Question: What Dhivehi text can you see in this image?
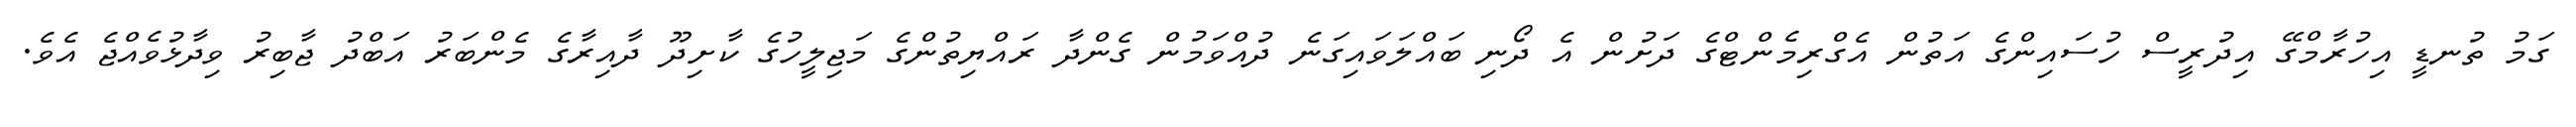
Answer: ގަމު ތުނޑީ އިހުރާމްގޭ އިދުރީސް ހުސައިންގެ އަތުން އެގްރިމެންޓްގެ ދަށުން އެ ދޯނި ބައްލަވައިގަނެ ދުއްވަމުން ގެންދާ ރައްޔިތުންގެ މަޖިލީހުގެ ކާށިދޫ ދާއިރާގެ މެންބަރު އަބްދު ޖާބިރު ވިދާޅުވެއްޖެ އެވެ.